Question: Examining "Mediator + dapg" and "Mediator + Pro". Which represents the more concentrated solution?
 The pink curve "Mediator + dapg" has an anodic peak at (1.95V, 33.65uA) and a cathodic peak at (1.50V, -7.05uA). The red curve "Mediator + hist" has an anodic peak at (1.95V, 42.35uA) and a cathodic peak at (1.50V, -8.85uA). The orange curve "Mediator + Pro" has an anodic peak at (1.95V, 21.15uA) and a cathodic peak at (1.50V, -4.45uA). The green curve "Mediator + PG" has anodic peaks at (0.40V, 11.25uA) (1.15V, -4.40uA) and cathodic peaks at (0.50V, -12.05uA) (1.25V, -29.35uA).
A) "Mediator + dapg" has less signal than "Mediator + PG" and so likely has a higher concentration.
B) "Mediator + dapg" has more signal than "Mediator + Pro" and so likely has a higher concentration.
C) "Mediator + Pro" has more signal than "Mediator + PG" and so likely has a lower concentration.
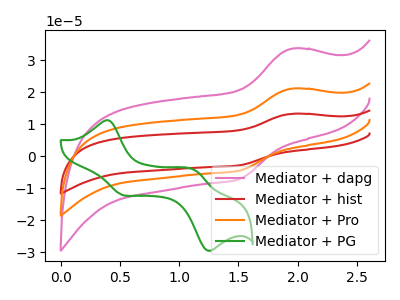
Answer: <think>All the peaks in "Mediator + dapg" have a peak in "Mediator + Pro" at the same potential. Every peak in "Mediator + dapg" is higher than every peak in "Mediator + Pro".
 </think>
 <answer>B) "Mediator + dapg" has more signal than "Mediator + Pro" and so likely has a higher concentration.</answer>
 <eval>B</eval>